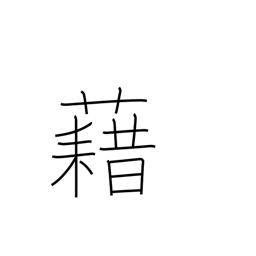
Meaning: carpet